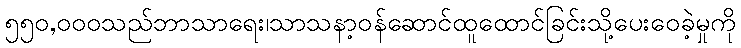
၅၅၀,၀၀၀သည်ဘာသာရေး၊သာသနာ့ဝန်ဆောင်ထူထောင်ခြင်းသို့ပေးဝေခဲ့မှုကို